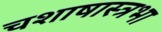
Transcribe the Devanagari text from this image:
चशाषास्त्रभा